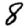
Digit: 8